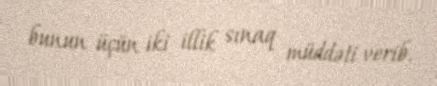
bunun üçün iki illik sınaq müddəti verib.